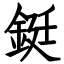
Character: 鋌